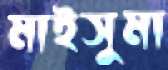
মাইসুমা